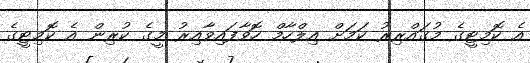
އެ ކޮމިޓީގެ މުގައްރިރު ކަމަށް އިލްހާމް ހޮވާފައިވާއިރު މީގެ ކުރިން އެ ކޮމިޓީގެ